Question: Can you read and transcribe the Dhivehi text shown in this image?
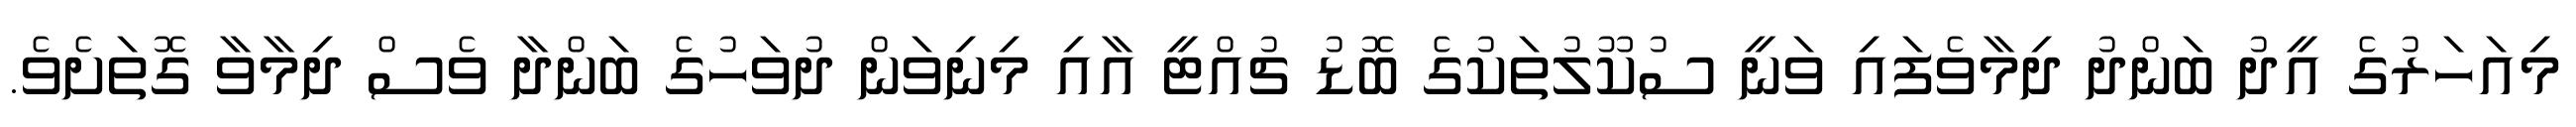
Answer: މިއަހަރުގެ އީދު ބަންދު ދިމާވެފައި ވަނީ ސުކޫލުތަކުގެ ބޮޑު ޗުއްޓީ އާއި މިނިވަން ދުވަހުގެ ބަންދާ ވެސް ދިމާވާ ގޮތަށެވެ.